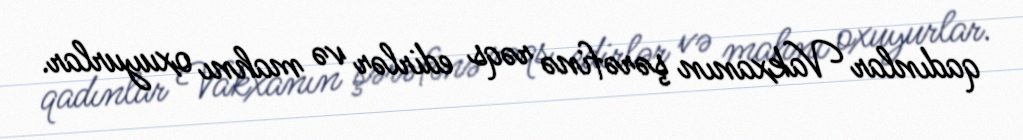
qadınlar Vakxanın şərəfinə rəqs edirlər və mahnı oxuyurlar.